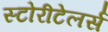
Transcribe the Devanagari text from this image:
स्टोरीटेलर्स